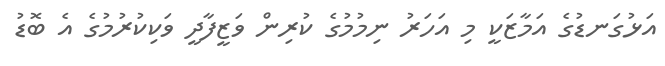
އަޅުގަނޑުގެ އަމާޒަކީ މި އަހަރު ނިމުމުގެ ކުރިން ވަޒީފާދީ ވަކިކުރުމުގެ އެ ބޮޑު